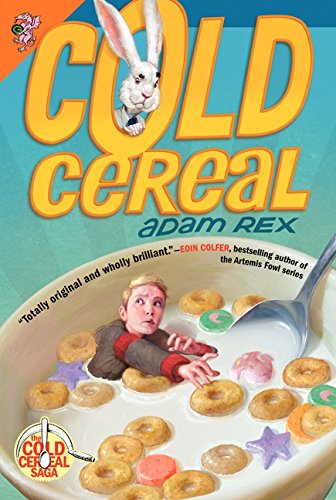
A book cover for Cold Cereal (Cold Cereal Saga); Adam Rex; Children's Books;